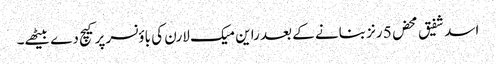
اسد شفیق محض 5 رنز بنانے کے بعد راین میک لارن کی باؤنسر پر کیچ دے بیٹھے۔